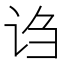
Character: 诌